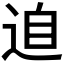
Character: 𲅘